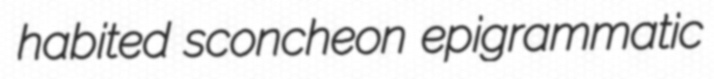
habited sconcheon epigrammatic